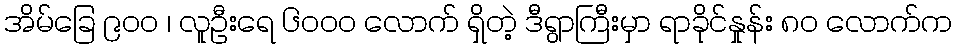
အိမ်ခြေ ၉၀၀ ၊ လူဦးရေ ၆၀၀၀ လောက် ရှိတဲ့ ဒီရွာကြီးမှာ ရာခိုင်နှုန်း ၈၀ လောက်က